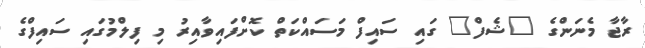
ރާޖާ މެނަންގެ "ޝެފް" ގައި ސައިފް މަސައްކަތް ކޮށްފައިވާއިރު މި ފިލްމުގައި ސައިފްގެ